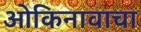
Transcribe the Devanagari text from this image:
ओकिनावाचा